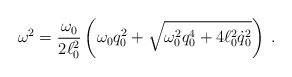
\begin{align*}\omega^2 = {\omega_0 \over 2 \ell_0^2} \left(\omega_0 q_0^2 + \sqrt{\omega_0^2 q_0^4 + 4 \ell_0^2 \dot{q}_0^2 }\right) \; .\end{align*}